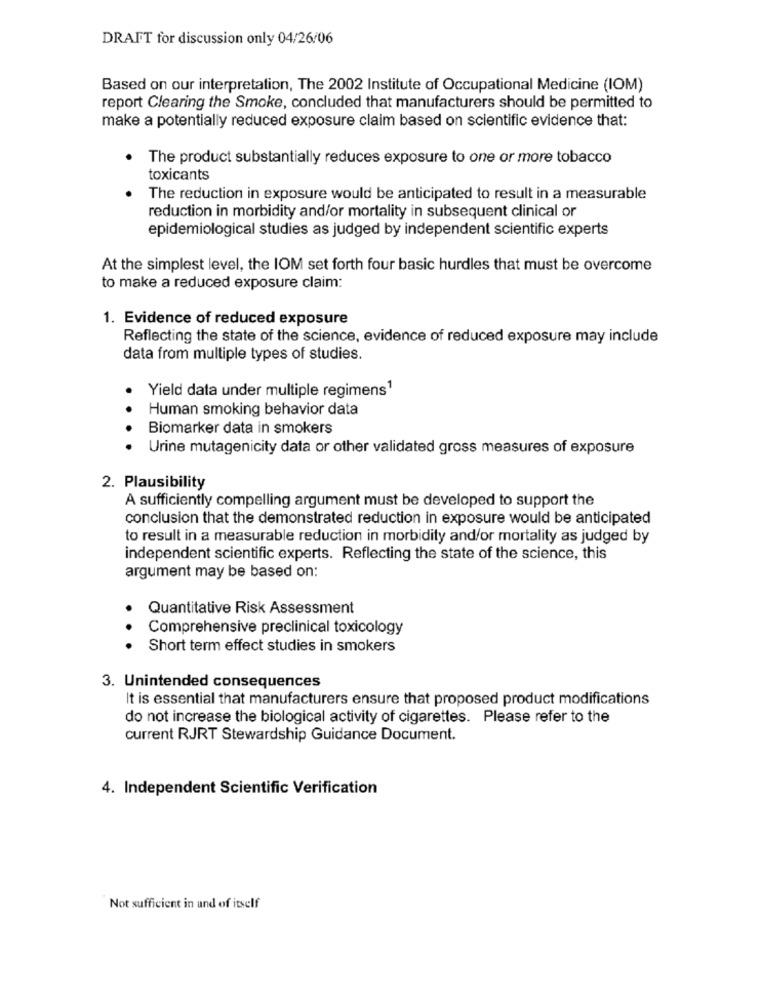
DRAFT for discussion only 04/26/06
Based on our interpretation, The 2002 Institute of Occupational Medicine (IOM)
report Clearing the Smoke, concluded that manufacturers should be permitted to
make a potentially reduced exposure claim based on scientific evidence that:
The product substantially reduces exposure to one or more tobacco
toxicants
The reduction in exposure would be anticipated to result in a measurable
reduction in morbidity and/or mortality in subsequent clinical or
epidemiological studies as judged by independent scientific experts
At the simplest level, the IOM set forth four basic hurdles that must be overcome
to make a reduced exposure claim:
1. Evidence of reduced exposure
Reflecting the state of the science, evidence of reduced exposure may include
data from multiple types of studies.
Yield data under multiple regimens1
. .
Human smoking behavior data
Biomarker data in smokers
. .
Urine mutagenicity data or other validated gross measures of exposure
2. Plausibility
A sufficiently compelling argument must be developed to support the
conclusion that the demonstrated reduction in exposure would be anticipated
to result in a measurable reduction in morbidity and/or mortality as judged by
independent scientific experts. Reflecting the state of the science, this
argument may be based on:
Quantitative Risk Assessment
Comprehensive preclinical toxicology
. .
Short term effect studies in smokers
3. Unintended consequences
It is essential that manufacturers ensure that proposed product modifications
do not increase the biological activity of cigarettes. Please refer to the
current RJRT Stewardship Guidance Document.
4. Independent Scientific Verification
Not sufficient in and of itself